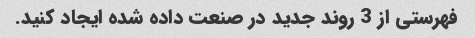
فهرستی از 3 روند جدید در صنعت داده شده ایجاد کنید.